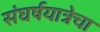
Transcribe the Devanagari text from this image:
संघर्षयात्रेचा